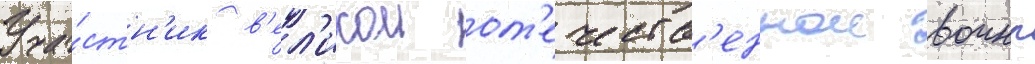
Уча́стн'ик в'ел'икои от'ечеств'еннои воины